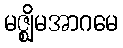
မဇ္ဈိမအာဂမေ